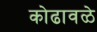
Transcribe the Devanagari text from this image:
कोढावळे